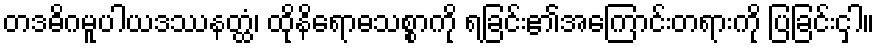
တဒဓိဂမူပါယဒဿနတ္ထံ၊ ထိုနိရောဓသစ္စာကို ရခြင်း၏အကြောင်းတရားကို ပြခြင်းငှါ။